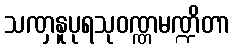
သဏှနူပုရသုဝဏ္ဏမဏ္ဍိတာ